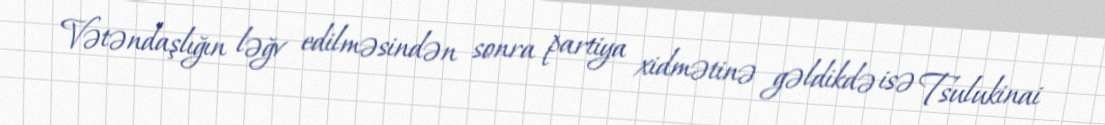
Vətəndaşlığın ləğv edilməsindən sonra partiya xidmətinə gəldikdə isə Tsulukinai